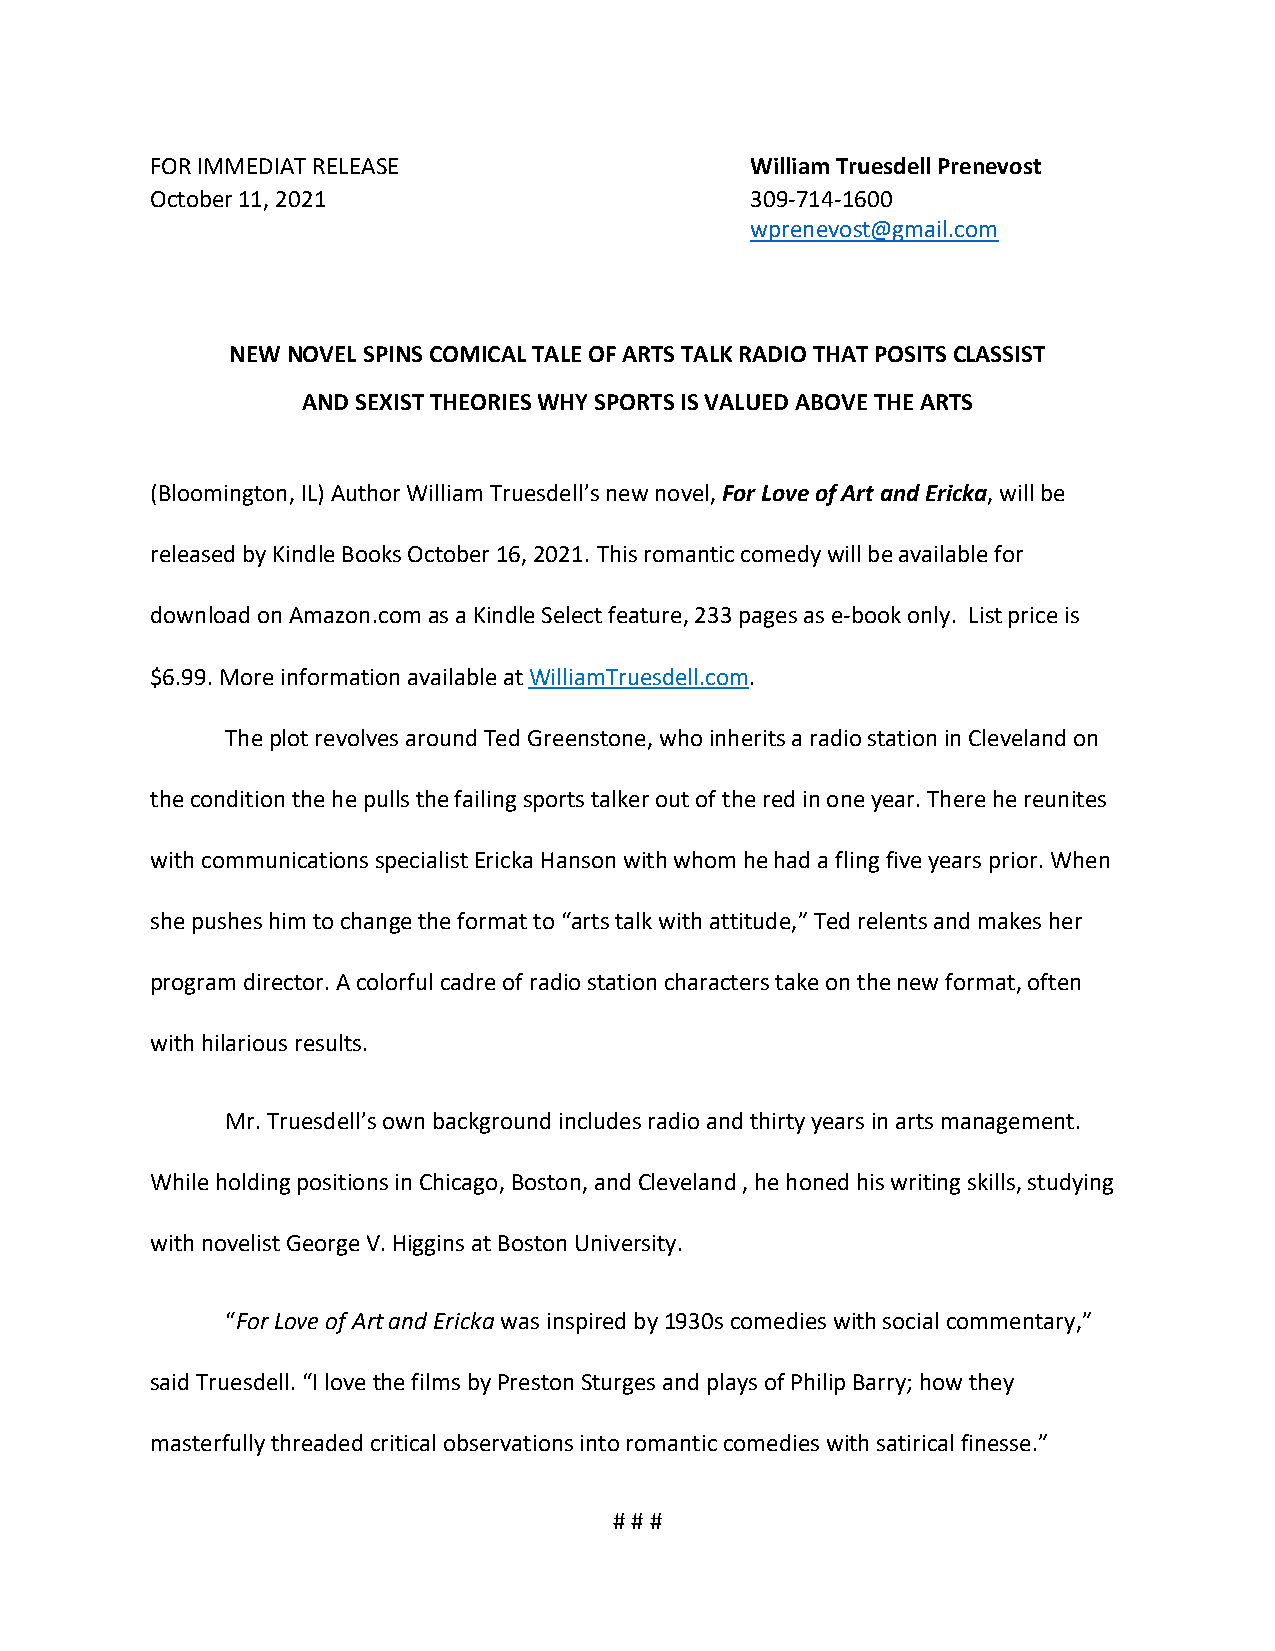
FOR IMMEDIAT RELEASE                    William Truesdell Prenevost
 October 11, 2021                        309-714-1600
 wprenevost@gmail.com
 NEW NOVEL SPINS COMICAL TALE OF ARTS TALK RADIO THAT POSITS CLASSIST
 AND SEXIST THEORIES WHY SPORTS IS VALUED ABOVE THE ARTS
 (Bloomington, IL) Author William Truesdell’s new novel, For Love of Art and Ericka, will be
 released by Kindle Books October 16, 2021. This romantic comedy will be available for
 download on Amazon.com as a Kindle Select feature, 233 pages as e-book only. List price is
 $6.99. More information available at WilliamTruesdell.com.
 The plot revolves around Ted Greenstone, who inherits a radio station in Cleveland on
 the condition the he pulls the failing sports talker out of the red in one year. There he reunites
 with communications specialist Ericka Hanson with whom he had a fling five years prior. When
 she pushes him to change the format to “arts talk with attitude,” Ted relents and makes her
 program director. A colorful cadre of radio station characters take on the new format, often
 with hilarious results.
 Mr. Truesdell’s own background includes radio and thirty years in arts management.
 While holding positions in Chicago, Boston, and Cleveland , he honed his writing skills, studying
 with novelist George V. Higgins at Boston University.
 “For Love of Art and Ericka was inspired by 1930s comedies with social commentary,”
 said Truesdell. “I love the films by Preston Sturges and plays of Philip Barry; how they
 masterfully threaded critical observations into romantic comedies with satirical finesse.”
 # # #